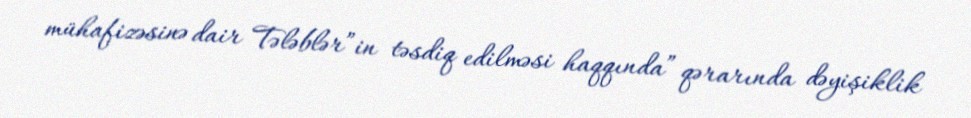
mühafizəsinə dair Tələblər”in təsdiq edilməsi haqqında” qərarında dəyişiklik